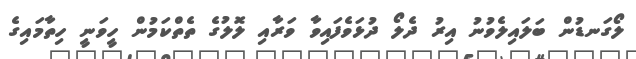
ލޯގަނޑުން ބަލައިލެވުނު އިރު ދެލޯ ދުޅަވެފައިވާ ވަރާއި ލޮލުގެ ތެތްކަމުން ހީވަނީ ހިތާމައިގެ